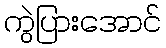
ကွဲပြားအောင်